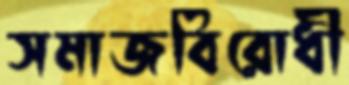
সমাজবিরোধী